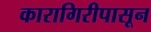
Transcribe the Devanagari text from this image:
कारागिरीपासून